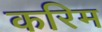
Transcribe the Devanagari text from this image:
करिम